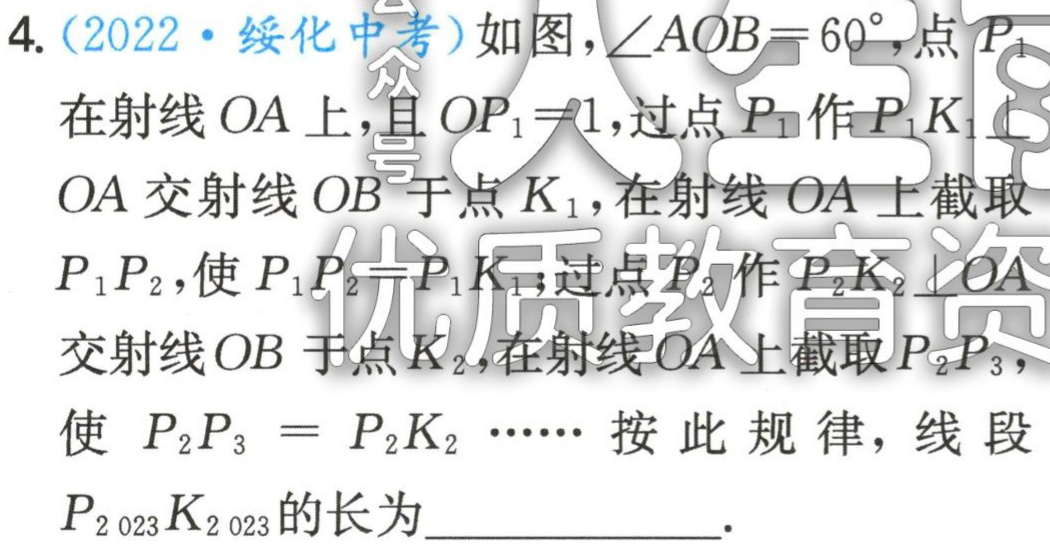
4. (2022·绥化中考) 如图，$\angle AOB = 60^{\circ}$，点$P_{1}$在射线$OA$上，且$OP_{1}=1$，过点$P_{1}$作$P_{1}K_{1}\perp OA$交射线$OB$于点$K_{1}$，在射线$OA$上截取$P_{1}P_{2}$，使$P_{1}P_{2}=P_{1}K_{1}$，过点$P_{2}$作$P_{2}K_{2}\perp OA$交射线$OB$于点$K_{2}$，在射线$OA$上截取$P_{2}P_{3}$，使$P_{2}P_{3}=P_{2}K_{2}\cdots\cdots$按此规律，线段$P_{2 023}K_{2 023}$的长为___.